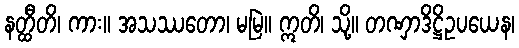
နတ္ထီတိ၊ ကား။ အသဿတော၊ မမြဲ။ ဣတိ၊ သို့။ တဏှာဒိဋ္ဌိဥပယေန၊